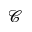
\mathscr { C }